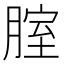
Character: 腟